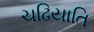
ચઢિયાતિ